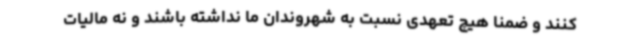
کنند و ضمناً هیچ تعهدی نسبت به شهروندان ما نداشته باشند و نه مالیات